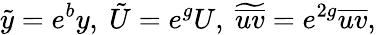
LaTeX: \tilde{y}=e^{b}y,\ \tilde{U}=e^{g}U,\ \widetilde{\overline{{uv}}}=e^{2g}\overline{{uv}},